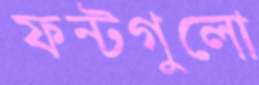
ফন্টগুলো